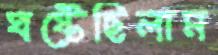
ঘষ্‌টেছিলাম